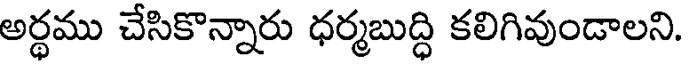
అర్ధము చేసికొన్నారు ధర్మబుద్ధి కలిగివుండాలని.